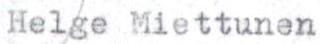
Helge Miettunen